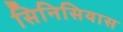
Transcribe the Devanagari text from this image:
सिनिसियास